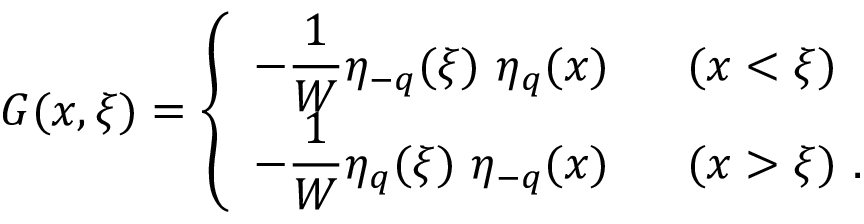
G ( x , \xi ) = \left\{ \begin{array} { l l } { { - \displaystyle { \frac { 1 } { W } } \eta _ { - q } ( \xi ) \ \eta _ { q } ( x ) } } & { { \ \ ( x < \xi ) } } \\ { { - \displaystyle { \frac { 1 } { W } } \eta _ { q } ( \xi ) \ \eta _ { - q } ( x ) } } & { { \ \ ( x > \xi ) \ . } } \end{array} \right.